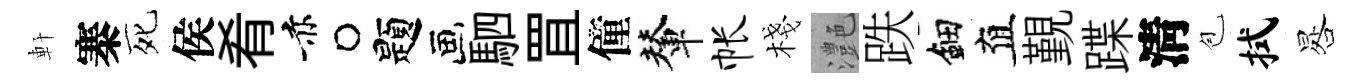
軒寨死侯肴赤题駟罝僮輦帐棧灔跌鈿直覲蹀淸苞拭晷